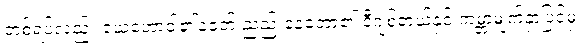
တစ်ရပ်လည်း ယေဟောဝါ၏ခေတ် ညည်းနေတော့၏ ဒီဂျစ်တယ်နှင့် ကမ္ဘာ့မျက်နှာပြင်မှ